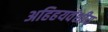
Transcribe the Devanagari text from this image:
अहिहयवंशीय